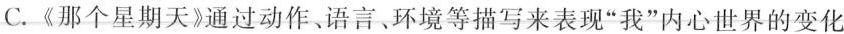
C.《那个星期天》通过动作、语言、环境等描写来表现”我”内心世界的变化